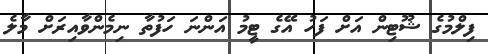
ފިލްމުގެ ޝޫޓިން އަށް ފަހު އޭގެ ޓީމު އަންނަ ހަފުތާ ނިމެންވާއިރަށް މާލެ